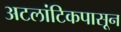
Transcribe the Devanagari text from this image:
अटलांटिकपासून